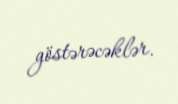
göstərəcəklər.